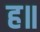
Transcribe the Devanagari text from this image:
ह॥